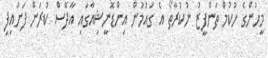
މީހުންގެ ހުކުމް ތަންފީޒު ނުކުރާތޯ އެ ގައުމުން އިންޑޮނީޝިއާގައި އާދޭސް ކުރަން ފަށައިފި